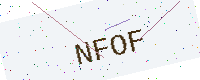
Text: NFOF